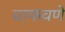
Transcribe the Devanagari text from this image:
वाफवणे